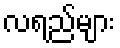
လရည်များ